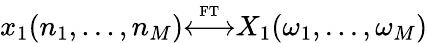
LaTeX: x_{1}(n_{1},...,n_{M}){\overset{\underset{\mathrm{FT}}{}}{\longleftrightarrow}}X_{1}(\omega_{1},...,\omega_{M})